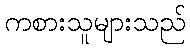
ကစားသူများသည်